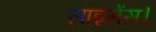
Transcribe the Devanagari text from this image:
लाइसेंस।